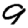
Digit: 9